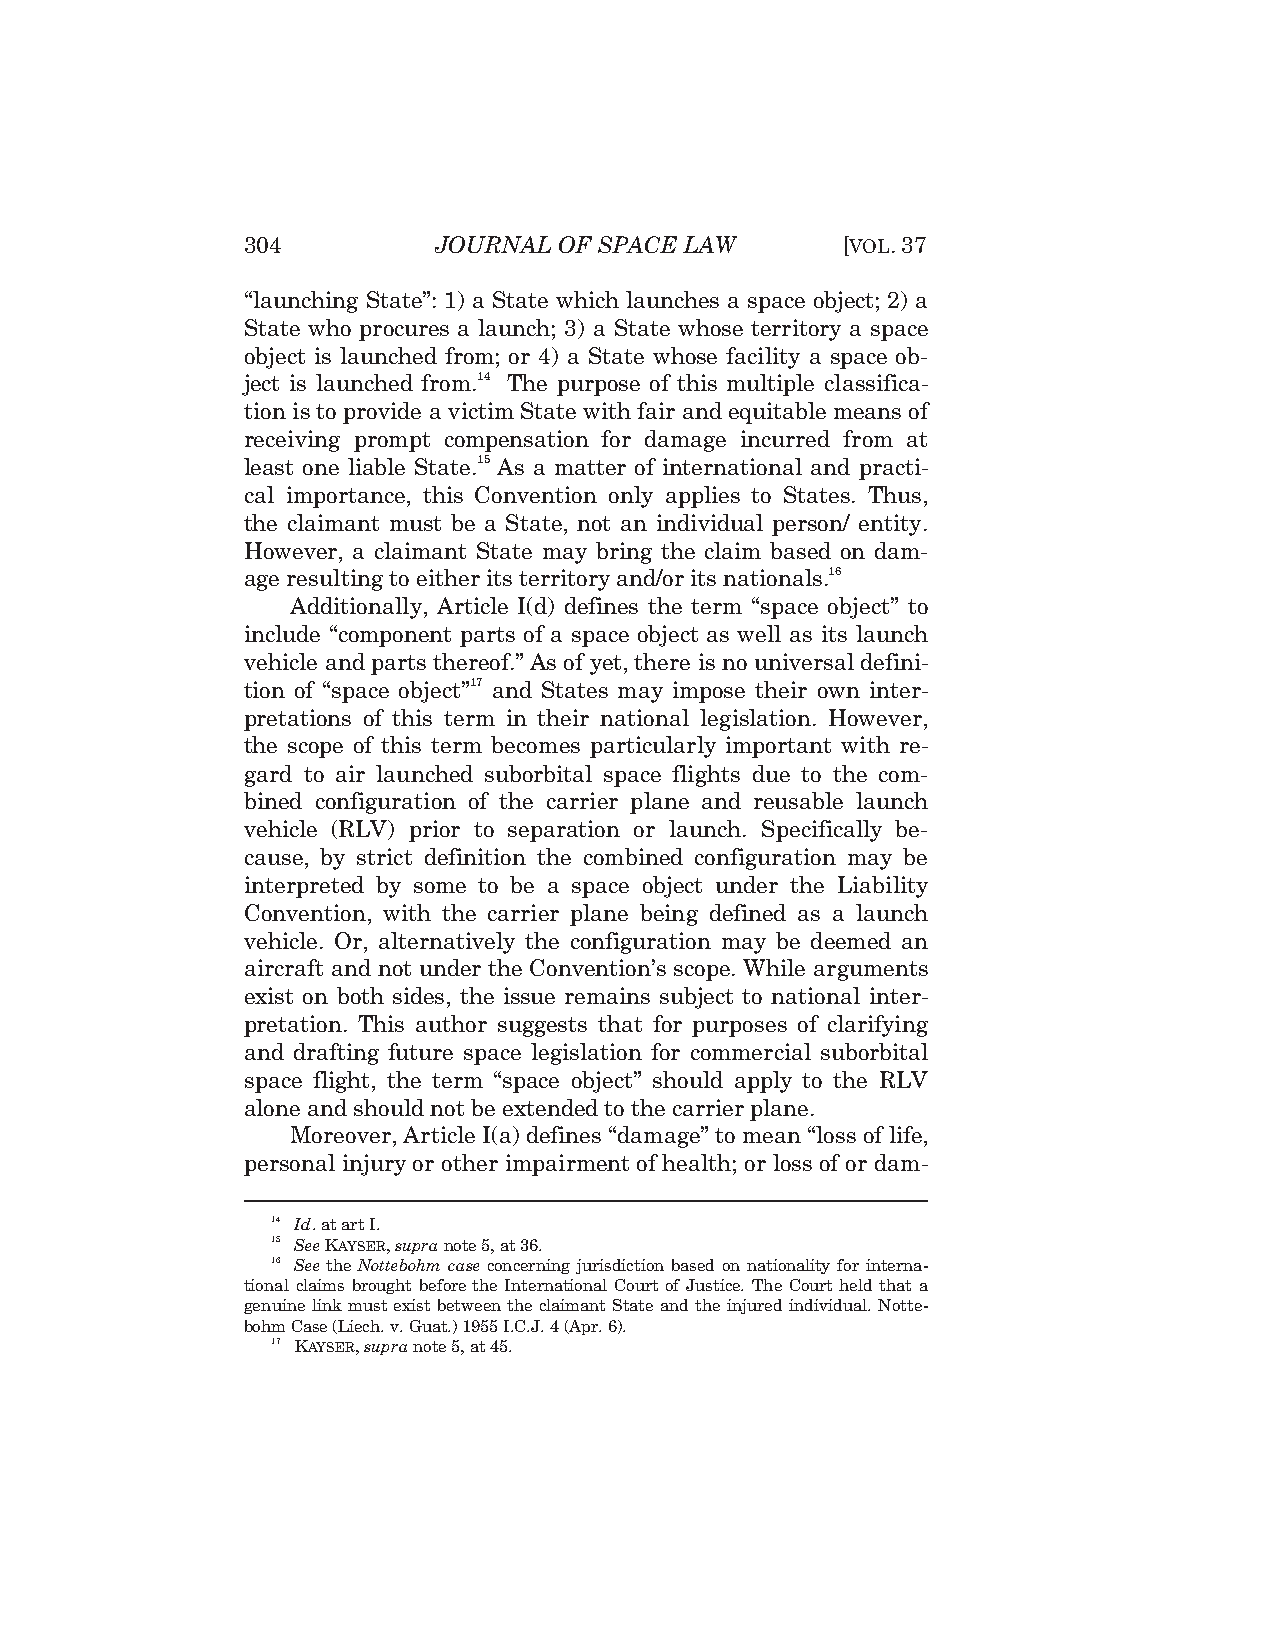
304          JOURNAL OF SPACE LAW       [VOL.37
 “launching State”: 1) a State which launches a space object; 2) a
 State who procures a launch; 3) a State whose territory a space
 object is launched from; or 4) a State whose facility a space ob-
 ject is launched from.14 The purpose of this multiple classifica-
 tion is to provide a victim State with fair and equitable means of
 receiving prompt compensation for damage incurred from at
 least one liable State.15 As a matter of international and practi-
 cal importance, this Convention only applies to States. Thus,
 the claimant must be a State, not an individual person/ entity.
 However, a claimant State may bring the claim based on dam-
 age resulting to either its territory and/or its nationals.16
 Additionally, Article I(d) defines the term “space object” to
 include “component parts of a space object as well as its launch
 vehicle and parts thereof.” As of yet, there is no universal defini-
 tion of “space object”17 and States may impose their own inter-
 pretations of this term in their national legislation. However,
 the scope of this term becomes particularly important with re-
 gard to air launched suborbital space flights due to the com-
 bined configuration of the carrier plane and reusable launch
 vehicle (RLV) prior to separation or launch. Specifically be-
 cause, by strict definition the combined configuration may be
 interpreted by some to be a space object under the Liability
 Convention, with the carrier plane being defined as a launch
 vehicle. Or, alternatively the configuration may be deemed an
 aircraft and not under the Convention’s scope. While arguments
 exist on both sides, the issue remains subject to national inter-
 pretation. This author suggests that for purposes of clarifying
 and drafting future space legislation for commercial suborbital
 space flight, the term “space object” should apply to the RLV
 alone and should not be extended to the carrier plane.
 Moreover, Article I(a) defines “damage” to mean “loss of life,
 personal injury or other impairment of health; or loss of or dam-
 14 Id. at art I.
 15 See KAYSER,supra note 5, at 36.
 16 See the Nottebohm case concerning jurisdiction based on nationality for interna-
 tional claims brought before the International Court of Justice. The Court held that a
 genuine link must exist between the claimant State and the injured individual. Notte-
 bohm Case (Liech. v. Guat.)1955 I.C.J. 4 (Apr. 6).
 17 KAYSER,supra note 5, at 45.